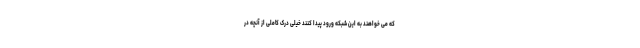
که می خواهند به این شبکه ورود پیدا کنند خیلی درک کاملی از آنچه در